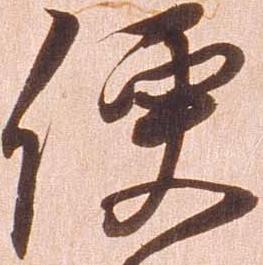
便